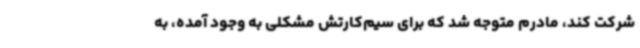
شرکت کند، مادرم متوجه شد که برای سیم‌کارتش مشکلی به وجود آمده، به